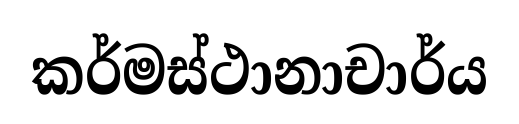
කර්මස්ථානාචාර්ය